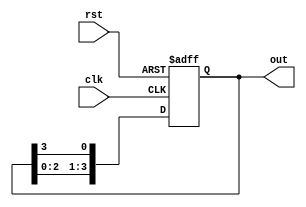
module RingCounter (
  input wire clk, // Clock input
  input wire rst, // Reset input
  output reg [3:0] out // Output of the Ring Counter
);

// Internal signals
reg [3:0] next_out;

// State transition logic
always @(posedge clk or posedge rst) begin
  if (rst) begin
    out <= 4'b0000; // Initialize counter to 0
  end else begin
    out <= next_out;
  end
end

// State transition logic
always @* begin
  next_out[0] = out[3];
  next_out[1] = out[0];
  next_out[2] = out[1];
  next_out[3] = out[2];
end

endmodule